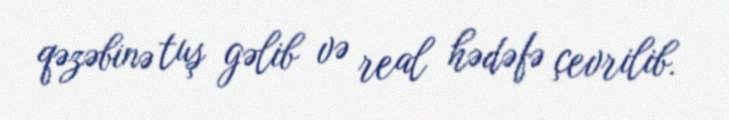
qəzəbinə tuş gəlib və real hədəfə çevrilib.